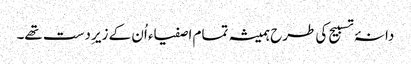
دانۂ تسبیح کی طرح ہمیشہ تمام اصفیاء اُن کے زیرِ دست تھے۔